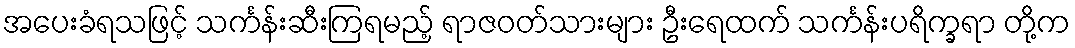
အပေးခံရသဖြင့် သင်္ကန်းဆီးကြရမည့် ရာဇဝတ်သားများ ဦးရေထက် သင်္ကန်းပရိက္ခရာ တို့က